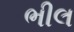
ભીલ